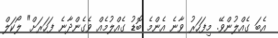
އެބަ ގެއްލުންވޭ. މިފަހަރު ވާނެ އެންމެ ބޮޑު ގެއްލުމެއް ވެގެންދާނެ ފަހަރަށް" ލޯކަލް